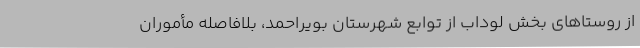
از روستاهای بخش لوداب از توابع شهرستان بویراحمد، بلافاصله مأموران